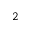
2